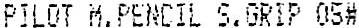
PILOT M.PENCIL S.GRIP 05#